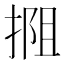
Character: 𫽖